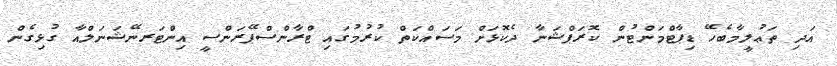
އަދި ތަޢުލީމާބެހޭ ޑިޕާޓްމަންޓުން ކޮރަޕްޝަނާ ދެކޮޅަށް މަސައްކަތް ކުރުމުގައި ޓްރާންސްޕޭރަންސީ އިންޓަރނޭޝަނަލްއާ ގުޅިގެން